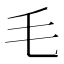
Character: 毛